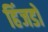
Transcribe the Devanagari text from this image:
हिंजडों